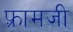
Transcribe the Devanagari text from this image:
फ़्रामजी